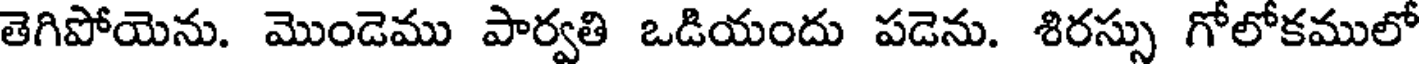
తెగిపోయెను. మొండెము పార్వతి ఒడియందు పడెను. శిరస్సు గోలోకములో